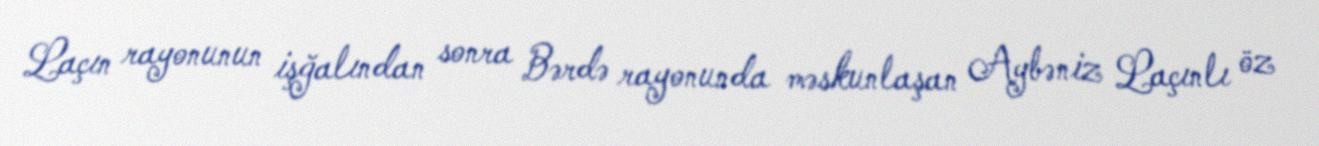
Laçın rayonunun işğalından sonra Bərdə rayonunda məskunlaşan Aybəniz Laçınlı öz